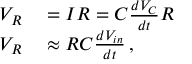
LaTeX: \begin{array} { r l } { V _ { R } } & { { } = I R = C { \frac { d V _ { C } } { d t } } R } \\ { V _ { R } } & { { } \approx R C { \frac { d V _ { i n } } { d t } } \, , } \end{array}